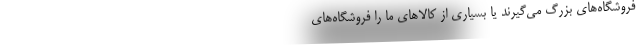
فروشگاه‌های بزرگ می‌گیرند یا بسیاری از کالاهای ما را فروشگاه‌های